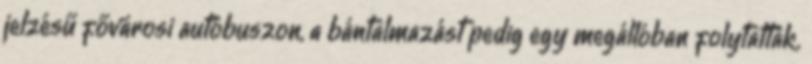
jelzésű fővárosi autóbuszon, a bántalmazást pedig egy megállóban folytatták.